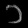
Digit: ၁